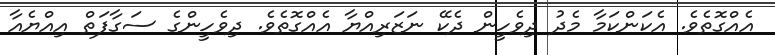
އެއްގޮތެވެ. އެކަންކަމާ މެދު ދިވެހީން ދެކޭ ނަޒަރިއްޔާ އެއްގޮތެވެ. ދިވެހީންގެ ސަގާފަތް އިއްޔެއާ